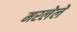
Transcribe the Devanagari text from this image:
मरलेलें